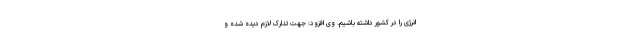
انرژی را در کشور داشته باشیم. وی افزود: جهت تدارک لازم دیده شده و